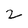
Character: 2